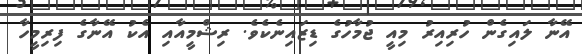
އޭނާ ލައިގެން ހުރިއިރު މިއީ ޖުމާހުގެ ޑިޒައިނެކެވެ. ރިޝްމީއާއި އެކު އޭނާގެ ފިރިމީހާ